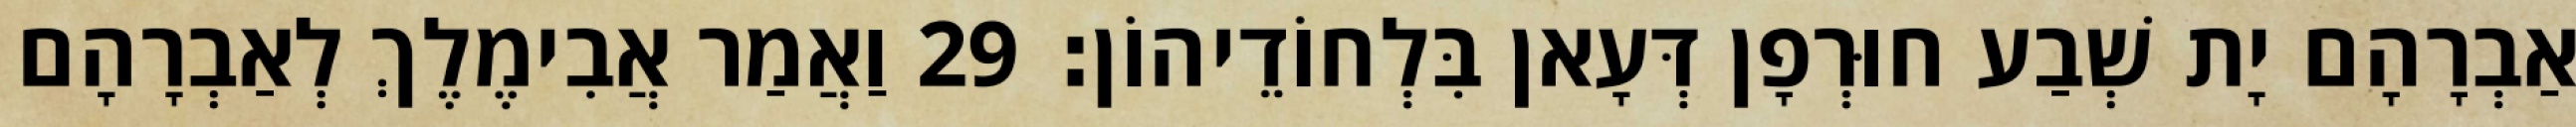
אַבְרָהָם יָת שְׁבַע חוּרְפָן דְּעָאן בִּלְחוֹדֵיהוֹן׃ 29 וַאֲמַר אֲבִימֶלֶךְ לְאַבְרָהָם